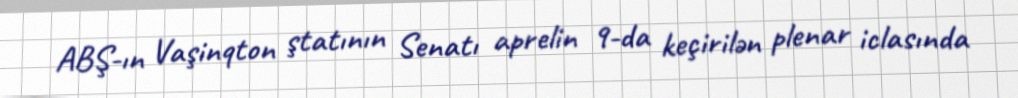
ABŞ-ın Vaşinqton ştatının Senatı aprelin 9-da keçirilən plenar iclasında